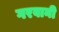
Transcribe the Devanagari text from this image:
गरवानी